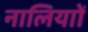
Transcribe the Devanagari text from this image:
नालियाों